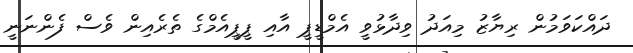
ދައްކަވަމުން ރިޔާޒު މިއަދު ވިދާޅުވީ އެމްޑީޕީ އާއި ޕީޕީއެމްގެ ތެރެއިން ވެސް ފެންނަނީ